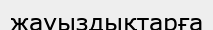
жауыздықтарға